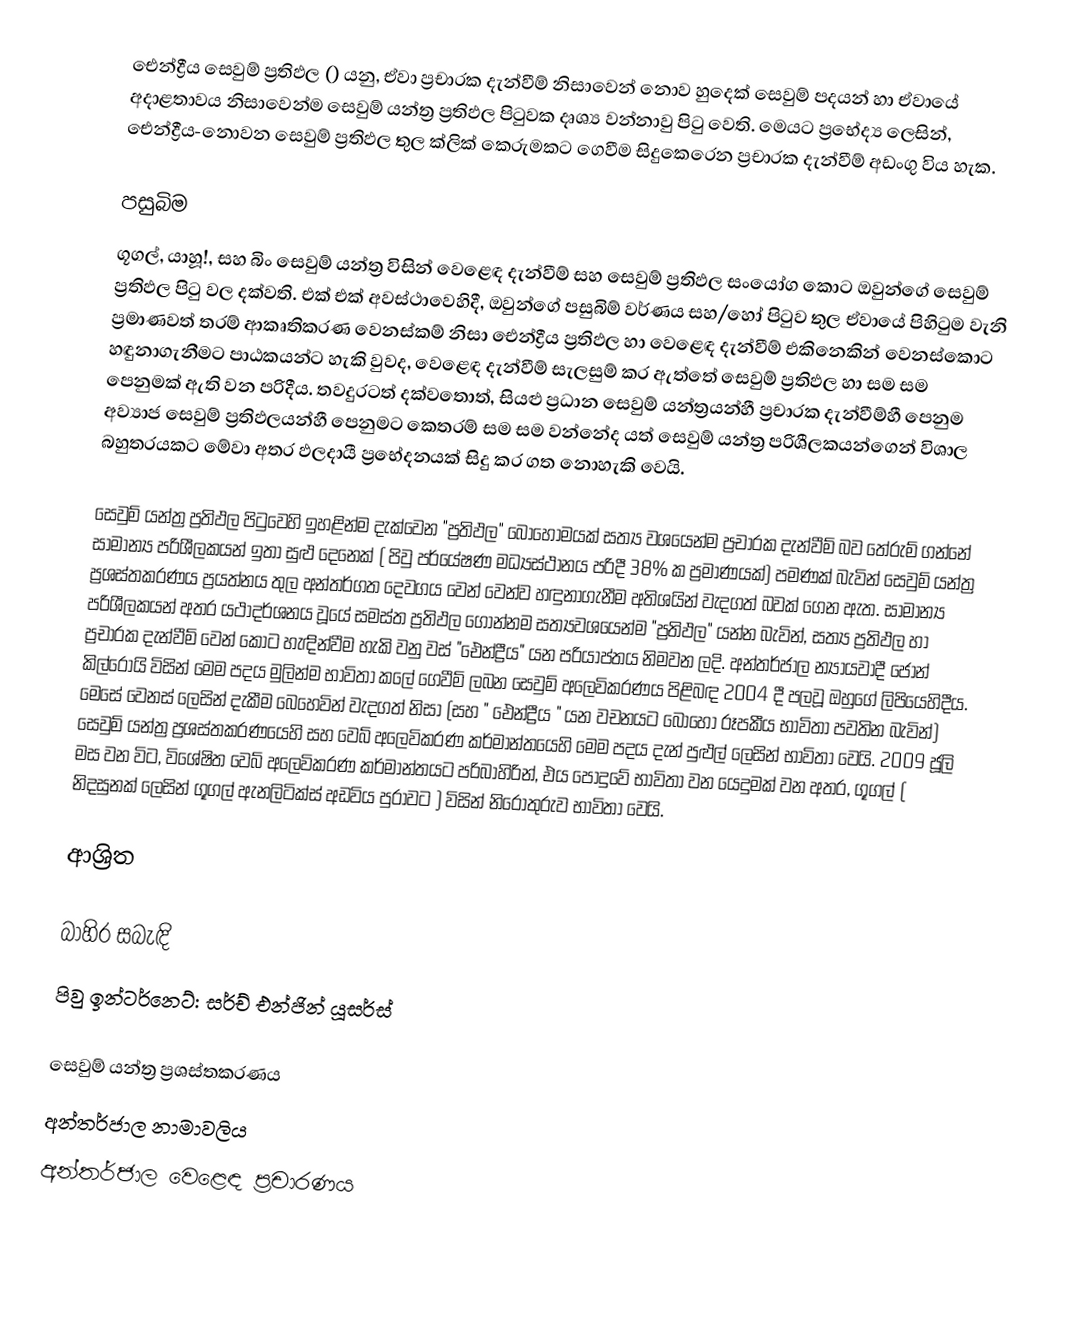
ඓන්ද්‍රීය සෙවුම් ප්‍රතිඵල () යනු, ඒවා  ප්‍රචාරක දැන්වීම් නිසාවෙන් නොව හුදෙක් සෙවුම් පදයන් හා ඒවායේ අදාළතාවය නිසාවෙන්ම සෙවුම් යන්ත්‍ර ප්‍රතිඵල පිටුවක දෘශ්‍ය වන්නාවු පිටු වෙති. මෙයට ප්‍රභේද්‍ය ලෙසින්, ඓන්ද්‍රීය-නොවන සෙවුම් ප්‍රතිඵල තුල ක්ලික් කෙරුමකට ගෙවීම සිදුකෙරෙන ප්‍රචාරක දැන්වීම් අඩංගු විය හැක.

පසුබිම
ගූගල්, යාහූ!, සහ  බිං සෙවුම් යන්ත්‍ර විසින් වෙළෙඳ දැන්වීම් සහ සෙවුම් ප්‍රතිඵල සංයෝග කොට ඔවුන්ගේ සෙවුම් ප්‍රතිඵල පිටු වල දක්වති. එක් එක් අවස්ථාවෙහිදී, ඔවුන්ගේ පසුබිම් වර්ණය සහ/හෝ  පිටුව තුල ඒවායේ පිහිටුම වැනි ප්‍රමාණවත් තරම් ආකෘතිකරණ වෙනස්කම් නිසා ඓන්ද්‍රීය ප්‍රතිඵල හා වෙළෙඳ දැන්වීම් එකිනෙකින් වෙනස්කොට හඳුනාගැනීමට පාඨකයන්ට හැකි වුවද, වෙළෙඳ දැන්වීම් සැලසුම් කර ඇත්තේ සෙවුම් ප්‍රතිඵල හා සම සම පෙනුමක් ඇති වන පරිදීය. තවදුරටත් දක්වතොත්, සියළු ප්‍රධාන සෙවුම් යන්ත්‍රයන්හී ප්‍රචාරක දැන්වීම්හී පෙනුම අව්‍යාජ සෙවුම් ප්‍රතිඵලයන්හී පෙනුමට කෙතරම් සම සම වන්නේද යත් සෙවුම් යන්ත්‍ර පරිශීලකයන්ගෙන් විශාල බහුතරයකට මේවා අතර ඵලදායී ප්‍රභේදනයක් සිදු කර ගත නොහැකි වෙයි.

සෙවුම් යන්ත්‍ර ප්‍රතිඵල පිටුවෙහි ඉහළින්ම දැක්වෙන "ප්‍රතිඵල"  බොහෝමයක් සත්‍ය වශයෙන්ම ප්‍රචාරක දැන්වීම් බව තේරුම් ගන්නේ  සාමාන්‍ය පරිශීලකයන් ඉතා සුළු දෙනෙක් ( පිවු පර්යේෂණ මධ්‍යස්ථානය පරිදී 38% ක ප්‍රමාණයක්) පමණක් බැවින් සෙවුම් යන්ත්‍ර ප්‍රශස්තකරණය ප්‍රයත්නය තුල අන්තර්ගත දෙවගය වෙන් වෙන්ව හඳුනාගැනීම අතිශයින් වැදගත් බවක් ගෙන ඇත. සාමාන්‍ය පරිශීලකයන් අතර යථාදර්ශනය වූයේ  සමස්ත ප්‍රතිඵල ගොන්නම සත්‍යවශයෙන්ම  "ප්‍රතිඵල" යන්න බැවින්, සත්‍ය ප්‍රතිඵල හා ප්‍රචාරක දැන්වීම් වෙන් කොට හැඳින්වීම හැකි වනු වස් "ඓන්ද්‍රීය" යන පරියාප්තය නිමවන ලදි. අන්තර්ජාල න්‍යායවාදී ජෝන් කිල්රෝයි විසින් මෙම පදය  මුලින්ම භාවිතා කලේ ගෙවීම් ලබන සෙවුම්  අලෙවිකරණය පිළිබඳ 2004 දී පලවූ ඔහුගේ ලිපියෙහිදීය. මෙසේ වෙනස් ලෙසින් දැකීම බෙහෙවින් වැදගත් නිසා (සහ  " ඓන්ද්‍රීය " යන වචනයට බොහෝ  රූපකීය භාවිතා  පවතින බැවින්) සෙවුම් යන්ත්‍ර ප්‍රශස්තකරණයෙහි සහ වෙබ් අලෙවිකරණ කර්මාන්තයෙහි මෙම පදය දැන්  පුළුල් ලෙසින් භාවිතා වෙයි. 2009 ජූලි මස වන විට, විශේෂිත වෙබ් අලෙවිකරණ කර්මාන්තයට පරිබාහිරින්, එය පොදුවේ භාවිතා වන යෙදුමක් වන අතර, ගූගල් ( නිදසුනක් ලෙසින් ගූගල්  ඇනලිටික්ස් අඩවිය පුරාවට ) විසින් නිරොතුරුව භාවිතා වෙයි.

ආශ්‍රිත

බාහිර සබැඳි
 පිවු ඉන්ටර්නෙට්: සර්ච් එන්ජින් යූසර්ස්

සෙවුම් යන්ත්‍ර ප්‍රශස්තකරණය
අන්තර්ජාල නාමාවලිය
අන්තර්ජාල වෙළෙඳ ප්‍රචාරණය